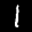
Label: 1